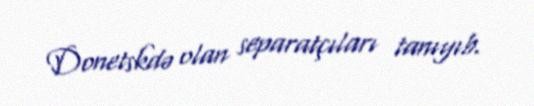
Donetskdə olan separatçıları tanıyıb.